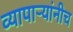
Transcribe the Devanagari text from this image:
व्यापाऱ्यांनीच